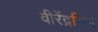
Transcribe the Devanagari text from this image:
वीरेंद्रसिंग